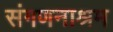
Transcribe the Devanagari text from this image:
संगणनाश्रम